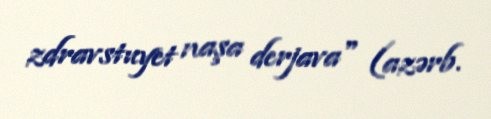
zdravstuyet naşa derjava" (azərb.